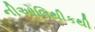
નીઓલિથીકથી